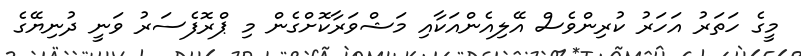
މީގެ ހަތަރު އަހަރު ކުރިންވެސް އޭލިއެންއަކާއި މަޝްވަރާކޮށްގެން މި ޕްރޮފެސަރު ވަނީ ދުނިޔޭގެ